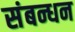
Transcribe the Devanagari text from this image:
संबन्धन